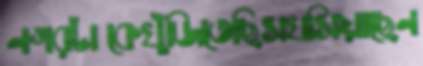
নগরটাকেখুঁজিতেছিসখসিয়াছেন